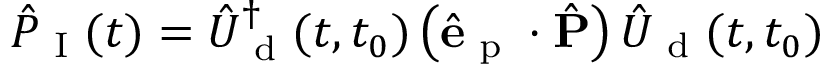
\hat { P } _ { \textrm { I } } ( t ) = \hat { U } _ { \textrm { d } } ^ { \dagger } ( t , t _ { 0 } ) \left( \hat { \mathbf { e } } _ { \textrm { p } } \cdot \hat { \mathbf { P } } \right) \hat { U } _ { \textrm { d } } ( t , t _ { 0 } )